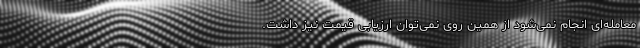
معامله‌ای انجام نمی‌شود از همین روی نمی‌توان ارزیابی قیمت نیز داشت.